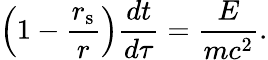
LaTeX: \left(1-{\frac{r_{\mathrm{{s}}}}{r}}\right){\frac{dt}{d\tau}}={\frac{E}{mc^{2}}}.